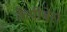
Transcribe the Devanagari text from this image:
कैपीबेरा